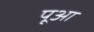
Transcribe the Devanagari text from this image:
पूआ